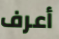
أعرف